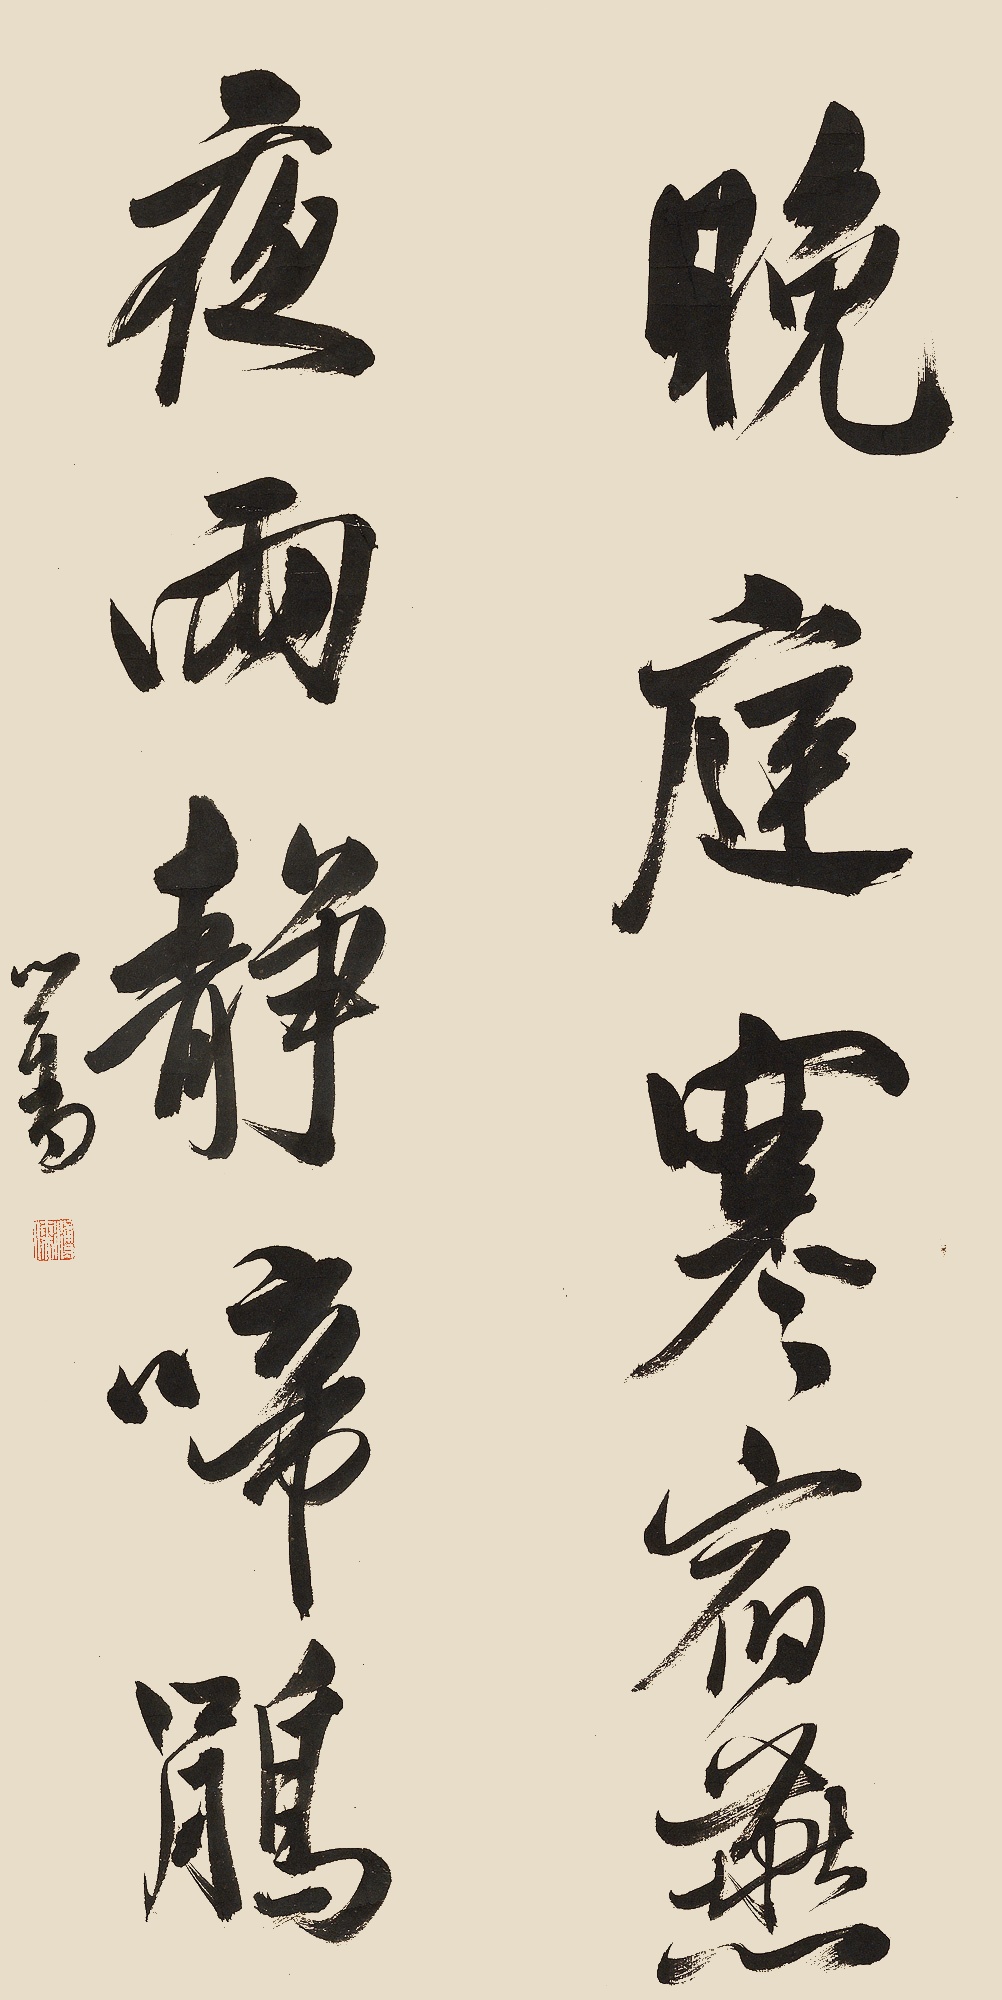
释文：晚庭寒宿燕，夜雨静啼鹃。心畬。